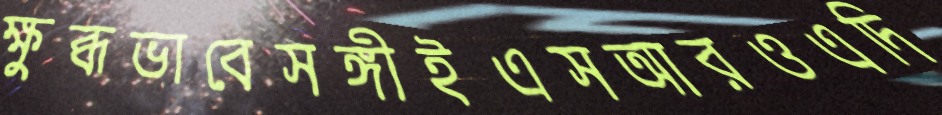
ক্ষুব্ধভাবেসঙ্গীইএসআরওএদি